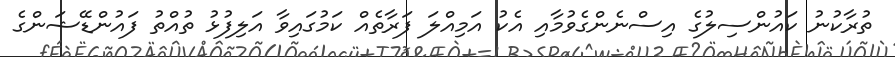
ތުރާކުނު ކައުންސިލުގެ އިސްނެންގެވުމާއި އެކު އަމިއްލަ ފަރާތެއް ކަމުގައިވާ އަލިފުޅު ތުއްތު ފައުންޑޭޝަންގެ